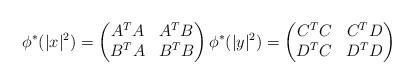
LaTeX: \begin{align*}\phi^*(|x|^2)=\begin{pmatrix}A^TA & A^TB\\B^TA & B^TB\end{pmatrix} \phi^*(|y|^2)=\begin{pmatrix}C^TC & C^TD\\D^TC & D^TD\end{pmatrix}\end{align*}